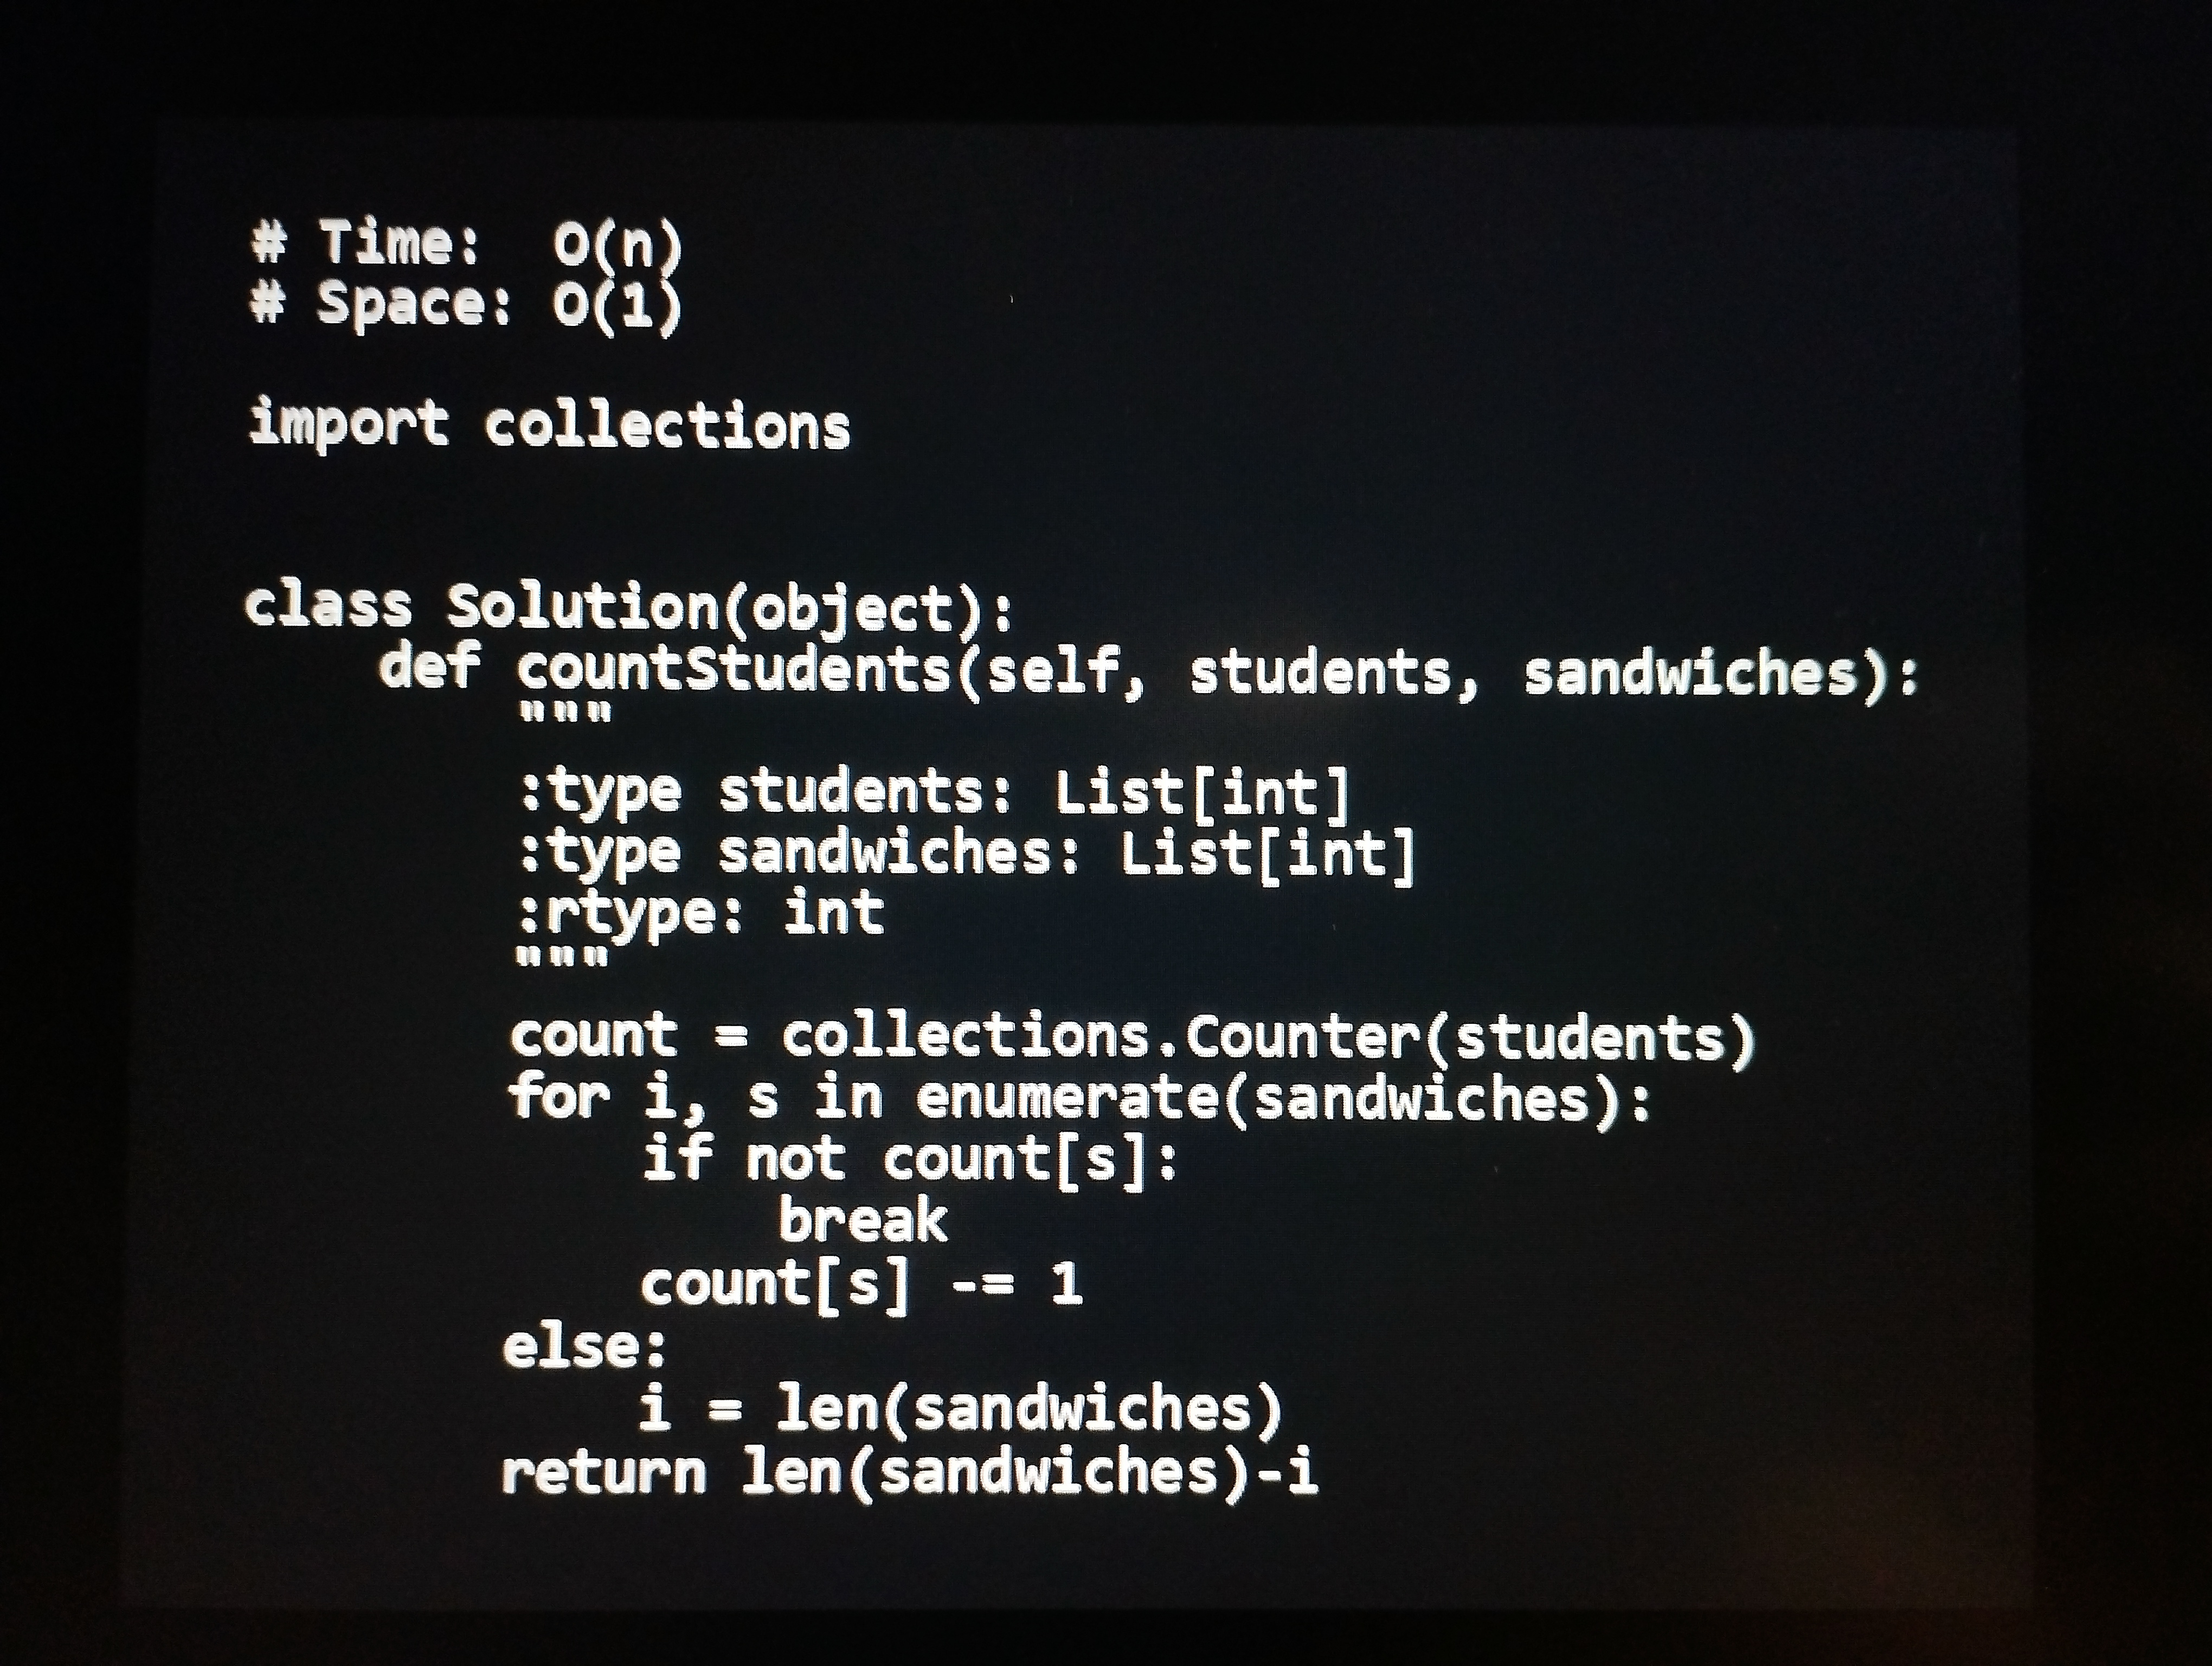
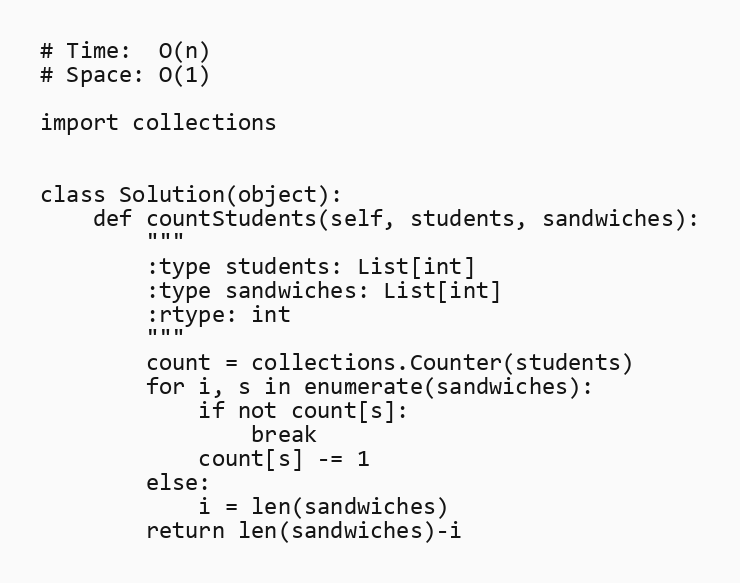
# Time:  O(n)
# Space: O(1)

import collections

class Solution(object):
    def countStudents(self, students, sandwiches):
        """
        :type students: List[int]
        :type sandwiches: List[int]
        :rtype: int
        """
        count = collections.Counter(students)
        for i, s in enumerate(sandwiches):
            if not count[s]:
                break
            count[s] -= 1
        else:
            i = len(sandwiches)
        return len(sandwiches)-i